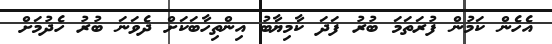
އެހެން ކަމުން ފުރަތަމަ ބުރު ފަދަ ކާމިޔާބު އިންތިހާބަކަށް ދެވަނަ ބުރު ހެދުމަށް